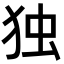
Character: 独